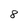
Character: 8